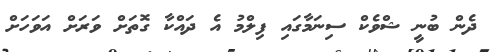
ދެން ބުނީ ޝްވެކް ސިނަމާގައި ފިލްމު އެ ދައްކާ ގޮތަށް ވަރަށް އަވަހަށް